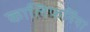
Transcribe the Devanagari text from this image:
कालिफर्निया